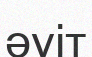
әуіт